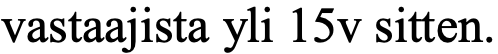
vastaajista yli 15v sitten.